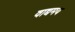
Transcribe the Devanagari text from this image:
वाद्यमय